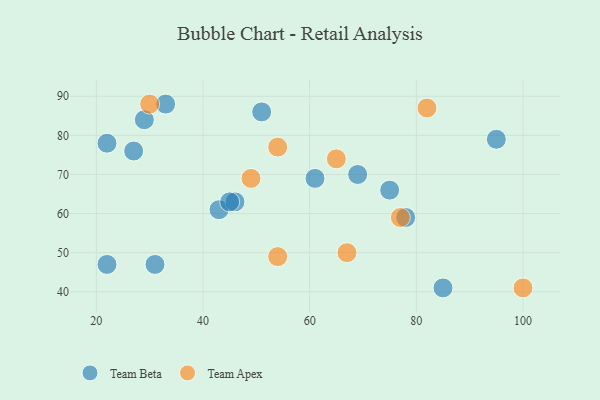
{"axis": {"x": "GDP", "y": "Life Expectancy"}, "legend": ["Team Apex", "Team Beta"], "data": [{"x": "85", "y": 41, "type": "Team Beta"}, {"x": "95", "y": 79, "type": "Team Beta"}, {"x": "69", "y": 70, "type": "Team Beta"}, {"x": "22", "y": 47, "type": "Team Beta"}, {"x": "78", "y": 59, "type": "Team Beta"}, {"x": "22", "y": 78, "type": "Team Beta"}, {"x": "61", "y": 69, "type": "Team Beta"}, {"x": "27", "y": 76, "type": "Team Beta"}, {"x": "43", "y": 61, "type": "Team Beta"}, {"x": "29", "y": 84, "type": "Team Beta"}, {"x": "33", "y": 88, "type": "Team Beta"}, {"x": "51", "y": 86, "type": "Team Beta"}, {"x": "46", "y": 63, "type": "Team Beta"}, {"x": "75", "y": 66, "type": "Team Beta"}, {"x": "31", "y": 47, "type": "Team Beta"}, {"x": "45", "y": 63, "type": "Team Beta"}, {"x": "49", "y": 69, "type": "Team Apex"}, {"x": "100", "y": 41, "type": "Team Apex"}, {"x": "67", "y": 50, "type": "Team Apex"}, {"x": "54", "y": 77, "type": "Team Apex"}, {"x": "77", "y": 59, "type": "Team Apex"}, {"x": "30", "y": 88, "type": "Team Apex"}, {"x": "65", "y": 74, "type": "Team Apex"}, {"x": "54", "y": 49, "type": "Team Apex"}, {"x": "82", "y": 87, "type": "Team Apex"}]}